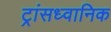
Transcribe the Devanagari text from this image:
ट्रांसध्वानिक